Medical and sanitary report of the native army of Bengal for the year
Year: 1874
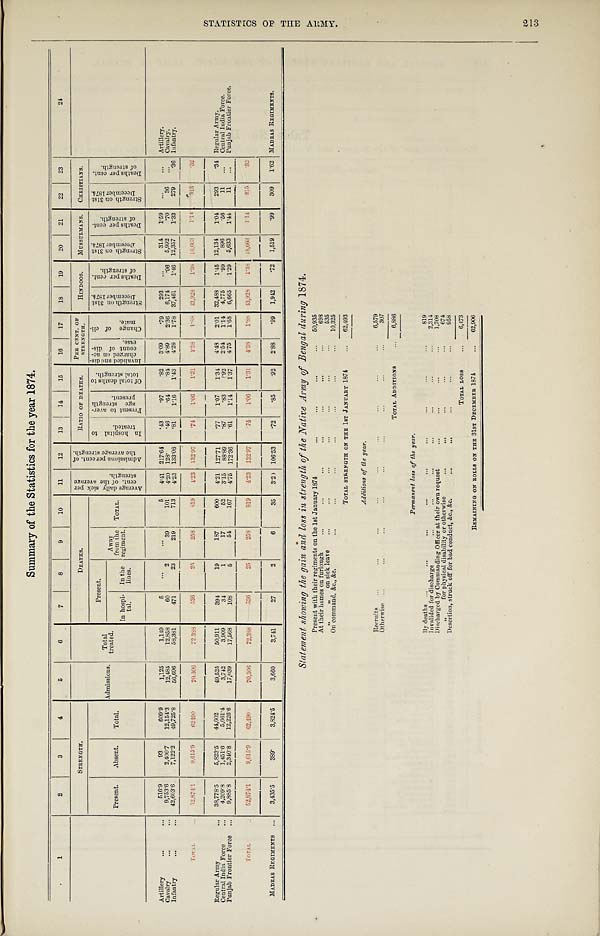
Summary of the Statistics for the year 1874.
1
2
3
4
5
6
7
8
9
10
11
12
13
14
15
16
17
18
19 20
21
22
23
24
STRENGTH.
Admissions. Total treated.
DEATHS.
A v e r a g e d a i l y s i c k p e r c e n t . o f t h e a v e r a g e s t r e n g t h .
A d m i s s i o n s p e r c e n t . o f t h e a v e r a g e s t r e n g t h .
RATIO OF DEATHS.
PER CENT. OF STRENGTH.
HINDOOS.
MUSSULMANS. CHRISTIANS.
Present.
Absent.
Total.
Present.
A way
from the
regiment.
TOTAL.
I n h o s p i t a l t o t r e a t e d .
P r e s e n t t o a v e r - a g e s t r e n g t h p r e s e n t .
O f t o t a l d e a t h s t o t o t a l s t r e n g t h .
I n v a l i d e d a n d d i s - c h a n g e d o n a c - c o u n t o f d i s - e a s e .
C h a n g e o f c l i - m a t e .
S t r e n g t h o n 3 1 s t D e c e m b e r 1 8 7 4 . D e a t h s p e r c e n t o f s t r e n g t h .
S t r e n g t h o n 3 1 s t D e c e m b e r 1 8 7 4 . D e a t h s p e r c e n t o f s t r e n g t h .
S t r e n g t h o n 3 1 s t D e c e m b e r 1 8 7 4 . D e a t h s p e r c e n t . o f s t r e n g t h .
In hospi-
tal.
In the
lines.
Artillery
5 1 0 . 9
93
6 0 9 . 9
1 , 1 2 5
1 , 1 4 9
5
. . .
. . .
5
4 . 4 1 217.64
. 4 3
. 9 7
. 8 2
3 . 0 9 .79
2 9 3 ...
314
1 . 5 9 ...
... Artillery
Cavalry
9 , 7 5 3 . 6
2 , 4 0 0 . 7 12,154.3
1 2 , 4 8 5
1 2 , 8 5 8
6 0
2
3 9
1 0 1
4 . 2 0 128.
. 4 6
. 6 4
. 8 4
4 . 8 9 2.36 6,174
. 9 6 5,992
. 7 0
3 6 ... Cavalry.
Infantry
4 2 , 6 0 3 . 6
7 , 1 2 2 . 2 49,725.8
5 6 , 6 9 6
5 8 , 3 8 1
4 7 1
2 3
2 1 9
7 1 3
4 . 2 3 133.08
. 8 1
1 . 1 6
1 . 4 3
4 . 2 8 1.78 37,461
1 . 4 6 12,357
1 . 3 3
2 7 9
. 3 6 Infantry.
TOTAL
5 2 , 8 7 4 . 1
9 , 6 1 5 . 9 62490
7 0 , 3 0 6
7 2 , 3 8 8
5 3 6
2 5
2 5 8
8 1 9
4 . 2 3 132.97
. 7 4 1.06
1 . 3 1
4 . 3 8
4 . 8 8
43,928
1 . 3 8 18,663
1 . 1 4
3 1 5
. 3 2
Regular Army
3 8 , 7 7 8 . 5
5 , 8 2 3 . 5 44,602
4 9 , 5 2 5
5 0 , 9 1 1
3 9 4
1 9
1 8 7
6 0 0
4 . 2 1 127.71
. 7 7
1 . 0 7
1 . 3 4
4 . 4 8 2.01 32,488
1 . 4 5 12,134
1 . 0 4
2 9 3
. 3 4 Regular Army.
Central India Force
4 , 2 0 9 . 8
1 , 4 5 1 . 6
5,661.4
3 , 7 4 2
3 , 9 0 9
3 4
1
1 7
5 2
3 . 1 5 88.89
. 8 7
. 8 3
1 . 9 2
2 . 5 4 1.14 4,775
. 9 9 896
. 5 6
1 1 ... Central India Force.
Punjab Frontier Force
9 , 8 8 5 . 8
2 , 3 4 0 . 8 12,226.6
1 7 , 0 3 9
1 7 , 5 6 8
1 0 8
5
5 4
1 6 7
4 . 7 5 172.36
. 6 1
1 . 1 4
1 . 3 7
4 . 7 5 1.68 6,665
1 . 2 9 5,633
1 . 4 4
1 1 ... Punjab Frontier Force.
TOTAL
5 2 , 8 7 4 . 1
9 , 6 1 5 . 9 62,490
7 0 , 3 0 6
7 2 , 3 8 8
5 3 6
2 5
2 5 8
8 1 9
4 . 2 3
1 3 2 . 9 7
. 7 4 1.06
1 . 3 1
4 . 3 8 1. 88
43,928
1 . 3 8 18,663
1 . 1 4
3 1 5
. 3 2
MADRAS REGIMENTS
3 , 4 3 5 . 5
3 8 9 *
3,824.5
3 , 6 6 0
3 , 7 4 1
2 7
2
6
3 5
3 . 0 106.53
. 7 2
. 8 5
. 9 2
2 . 8 8 .99 1,942
. 7 2 1,519
. 9 9
3 0 9 1.62 MADRAS REGIMENTS.
Statement showing the gain, and loss in strength of the Native Army of Bengal during 1874.
Present with their regiments on the 1st January 1874
50,935
At their homes on furlough
698
" " on sick leave
535
On command, &c., &c.
10,325
TOTAL STRENGTH ON THE 1ST JANUARY 1874 62,493
Additions of the year.
Recruits
6,579
Otherwise
307
TOTAL ADDITIONS
6,886
Permanent loss of the year.
By deaths
819
Invalided for discharge
2,314
Discharged by Commanding Officer at their own request
1,708
" for physical disability or otherwise
674
Desertion, struck off for bad conduct, &c., &c.
958
TOTAL LOSS
6,473
REMAINING ON ROLLS ON THE 31ST DECEMBER 1874
62,906
S T A S T A T I S T I C S O F T H E A R M Y .
213